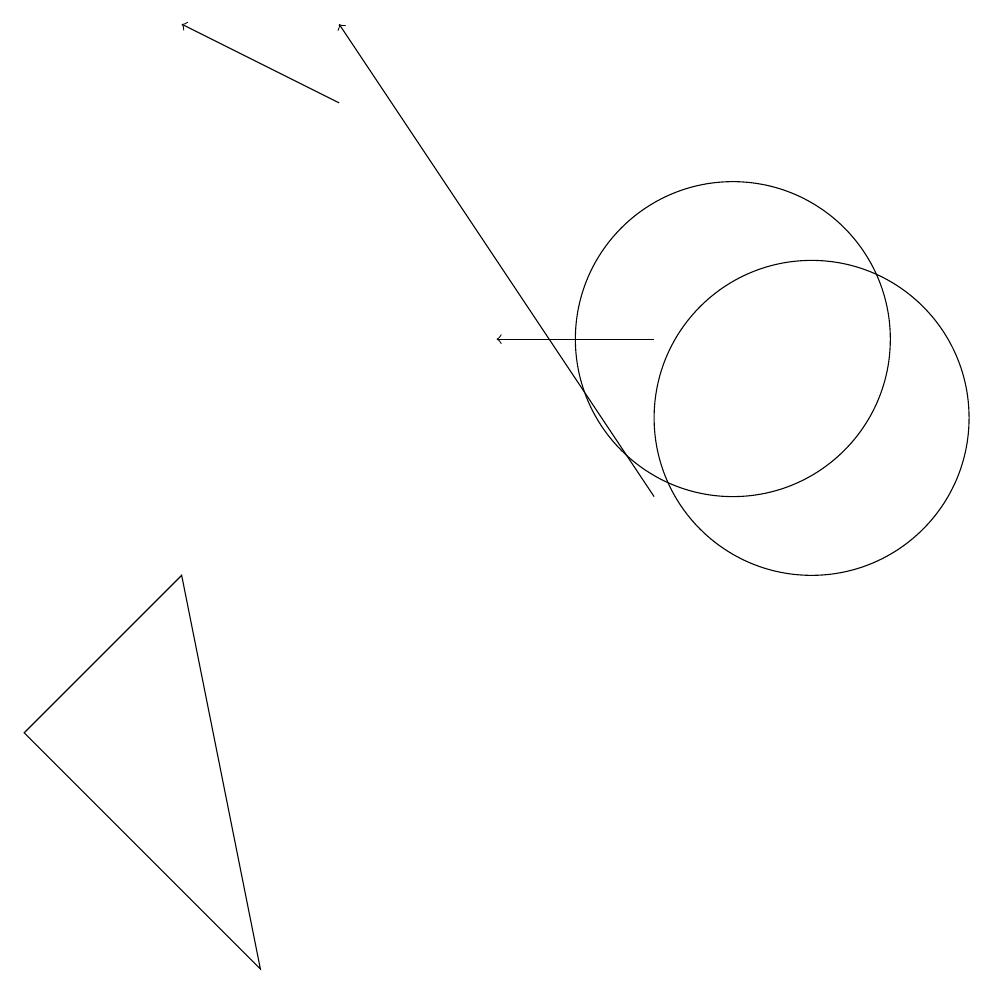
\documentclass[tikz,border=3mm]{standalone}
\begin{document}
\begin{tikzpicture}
\draw[->] (9,10) -- (5,16);
\draw (11,11) circle (2);
\draw (1,7) -- (4,4) -- (3,9) -- cycle;
\draw[->] (5,15) -- (3,16);
\draw (10,12) circle (2);
\draw[->] (9,12) -- (7,12);
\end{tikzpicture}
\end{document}